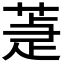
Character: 𦵉